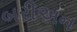
બરીઅન